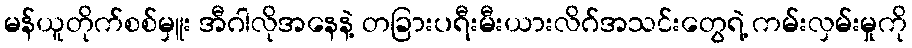
မန်ယူတိုက်စစ်မှူး အီဂါလိုအနေနဲ့ တခြားပရီးမီးယားလိဂ်အသင်းတွေရဲ့ ကမ်းလှမ်းမှုကို